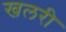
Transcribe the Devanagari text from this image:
खलरी